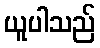
ယူပါသည်